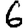
Digit: 6